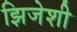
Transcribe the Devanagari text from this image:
झिजेशी